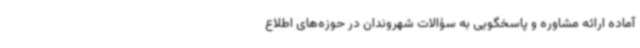
آماده ارائه مشاوره و پاسخگویی به سؤالات شهروندان در حوزه‌های اطلاع